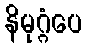
နိမုဂ္ဂံပေ